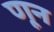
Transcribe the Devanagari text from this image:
णून